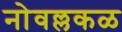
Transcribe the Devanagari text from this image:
नोवल्लकळ